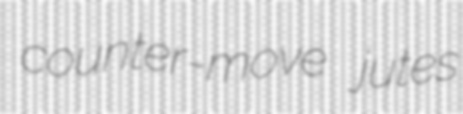
counter-move jutes